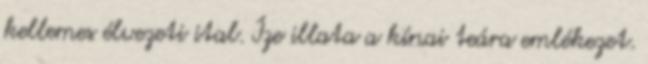
kellemes élvezeti ital. Íze illata a kínai teára emlékezet.